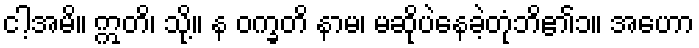
ငါ့အမိ။ ဣတိ၊ သို့။ န ဝက္ခတိ နာမ၊ မဆိုပဲနေခဲ့တုံဘိ၏၁။ အဟော